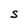
Character: S